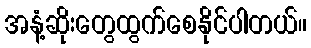
အနံ့ဆိုးတွေထွက်စေနိုင်ပါတယ်။